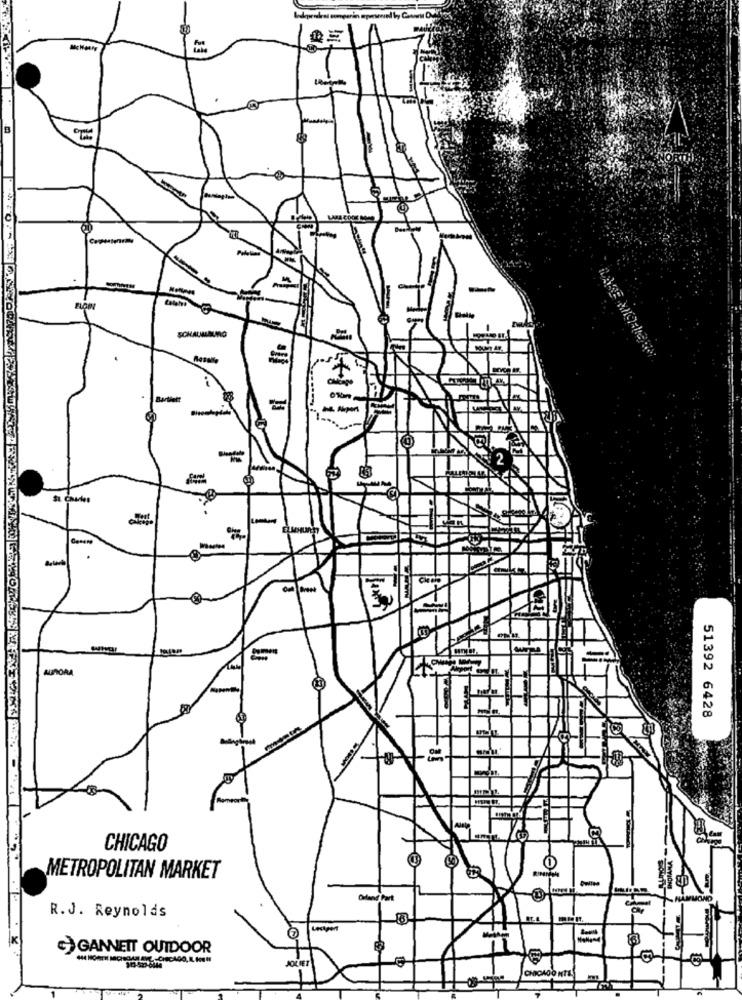
or
--
-
AURORA
-
51392 6428
-
CHICAGO
METROPOLITAN MARKET
Caland Part
R.J. Reynolds
G GANNETT OUTDOOR
JOLIET
LEO